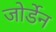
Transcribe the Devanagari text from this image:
जोर्डेन